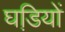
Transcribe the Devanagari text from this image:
घडि़यों